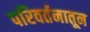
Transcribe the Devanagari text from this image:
परिवर्तनातून